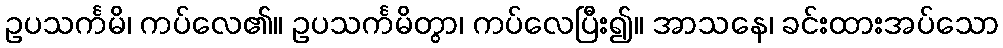
ဥပသင်္ကမိ၊ ကပ်လေ၏။ ဥပသင်္ကမိတွာ၊ ကပ်လေပြီး၍။ အာသနေ၊ ခင်းထားအပ်သော